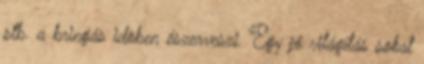
stb. a bringás idöben észerveszi. Egy jó világítás sokat